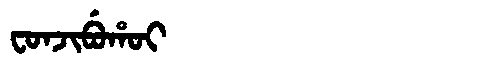
Manchu: ᠸᠣᠨᠵᡳᠪᡠᡥᠣᡳ
Romanization: FONJIBUHOI